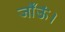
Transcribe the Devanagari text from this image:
जाँऊं।